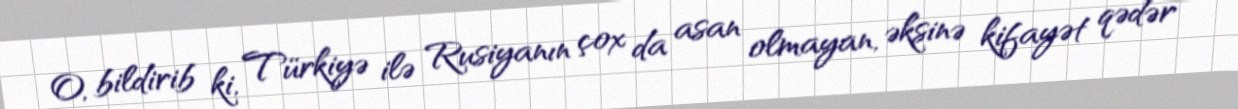
O, bildirib ki, Türkiyə ilə Rusiyanın çox da asan olmayan, əksinə kifayət qədər